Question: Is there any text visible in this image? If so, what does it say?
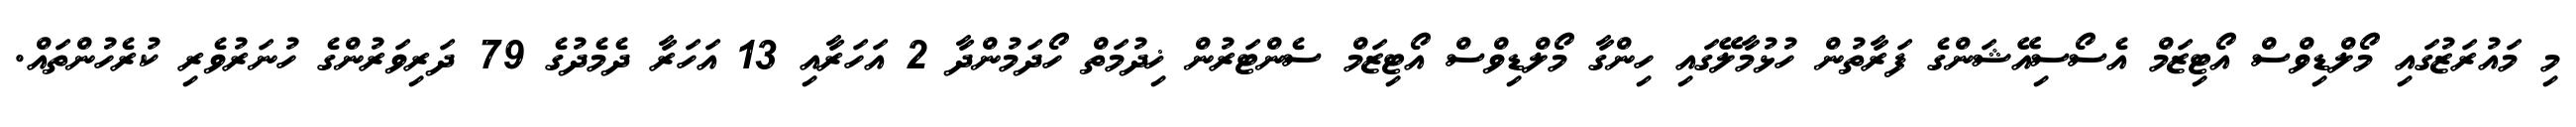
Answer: މި މައުރަޒުގައި މޯލްޑިވްސް އޯޓިޒަމް އެސޯސިއޭޝަންގެ ފަރާތުން ހުޅުމާލޭގައި ހިންގާ މޯލްޑިވްސް އޯޓިޒަމް ސެންޓަރުން ޚިދުމަތް ހޯދަމުންދާ 2 އަހަރާއި 13 އަހަރާ ދެމެދުގެ 79 ދަރިވަރުންގެ ހުނަރުވެރި ކުރެހުންތައް.